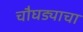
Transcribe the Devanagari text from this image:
चौघड्याचा